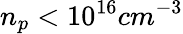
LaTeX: n_{p}<10^{16}cm^{-3}